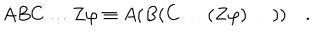
A B C \ldots Z \varphi \equiv A ( B ( C \ldots ( Z \varphi ) \ldots ) ) \quad .